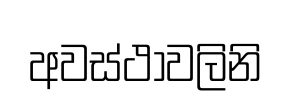
අවස්ථාවලිනි